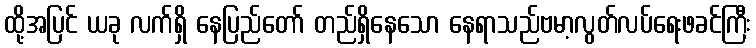
ထို့အပြင် ယခု လက်ရှိ နေပြည်တော် တည်ရှိနေသော နေရာသည်ဗမာ့လွတ်လပ်ရေးဖခင်ကြီး